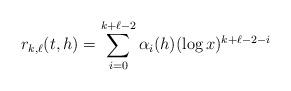
LaTeX: \begin{align*} r_{k,\ell}(t,h) = \sum_{i=0}^{k+\ell-2} \alpha_i(h) (\log x)^{k+\ell-2-i}\end{align*}